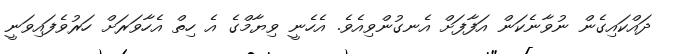
ދައްކައިގެން ނުވާނެކަން އަފާފަށް އެނގުންވިއެވެ. އެހެނީ ވިޔާމްގެ އެ ހިތް އެހާވަރަށް ހަރުވެފައިވަނީ